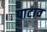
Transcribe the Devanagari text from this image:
पाटाव